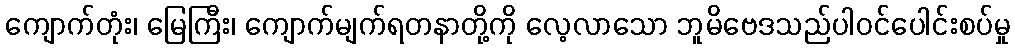
ကျောက်တုံး၊ မြေကြီး၊ ကျောက်မျက်ရတနာတို့ကို လေ့လာသော ဘူမိဗေဒသည်ပါဝင်ပေါင်းစပ်မှု